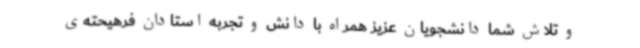
و تلاش شما دانشجویان عزیز همراه با دانش و تجربه استادان فرهیحته‌ی